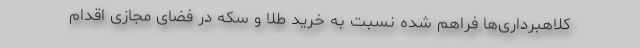
کلاهبرداری‌ها فراهم شده نسبت به خرید طلا و سکه در فضای مجازی اقدام